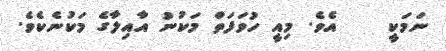
ނަމަކީ    އެވެ. މިއީ ހުވަފަތް މަކުނު އާއިލާގެ މަކުނެކެވެ.